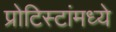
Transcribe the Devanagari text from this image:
प्रोटिस्टांमध्ये